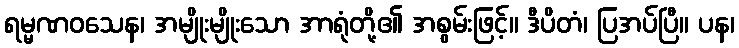
ရမ္မဏဝသေန၊ အမျိုးမျိုးသော အာရုံတို့၏ အစွမ်းဖြင့်။ ဒီပိတံ၊ ပြအပ်ပြီ။ ပန၊